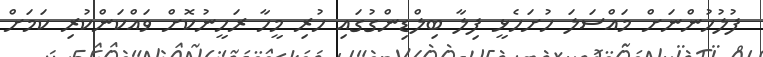
ފުލުހުންނަށް މައްސަލަ ހުށަހެޅީ ފިލާ ބިލްޑިންގުގައި ހުރި މީހާ ރަހީނުކޮށް ވައްކަންކުރި ކަމަށް